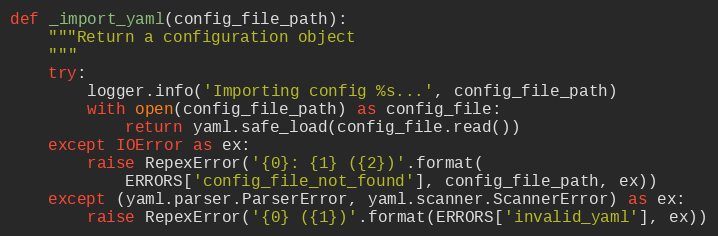
Language: Python
def _import_yaml(config_file_path):
    """Return a configuration object
    """
    try:
        logger.info('Importing config %s...', config_file_path)
        with open(config_file_path) as config_file:
            return yaml.safe_load(config_file.read())
    except IOError as ex:
        raise RepexError('{0}: {1} ({2})'.format(
            ERRORS['config_file_not_found'], config_file_path, ex))
    except (yaml.parser.ParserError, yaml.scanner.ScannerError) as ex:
        raise RepexError('{0} ({1})'.format(ERRORS['invalid_yaml'], ex))